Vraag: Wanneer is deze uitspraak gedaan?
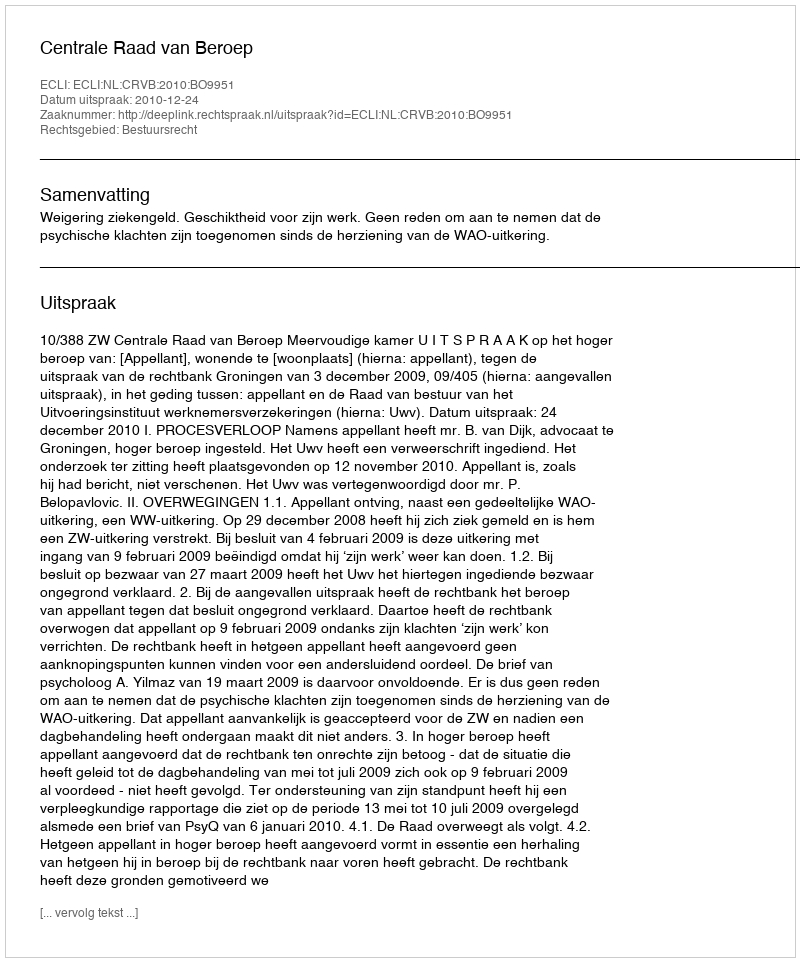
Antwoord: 2010-12-24